Annual report on the lock hospitals of the Madras Presidency
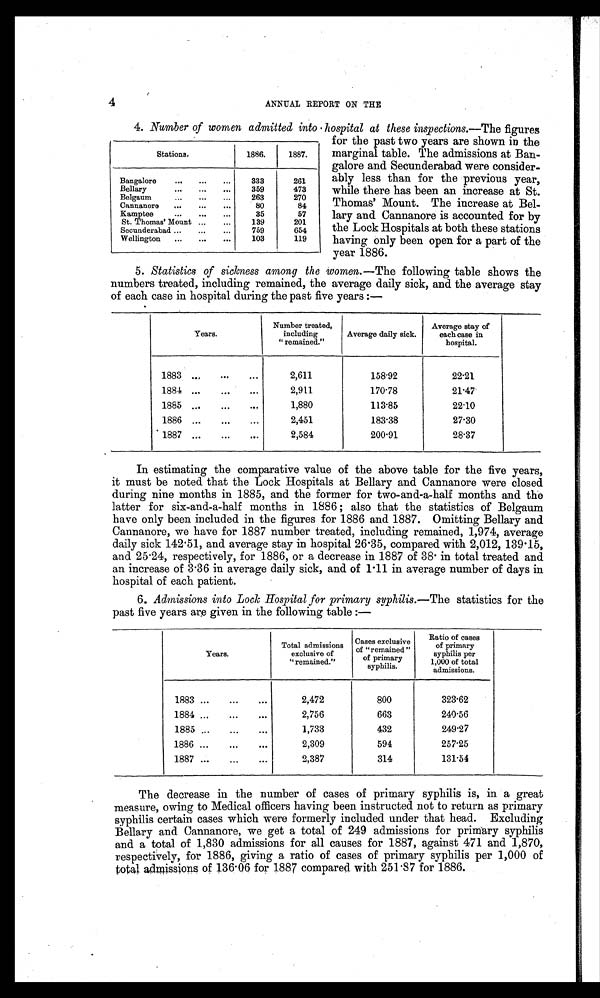
4
ANNUAL REPORT ON THE
4. Number of women admitted into hospital at these inspections.—The figures
for the past two years are shown in the
marginal table. The admissions at Ban-
galore and Secunderabad were consider-
ably less than for the previous year,
while there has been an increase at St.
Thomas' Mount. The increase at Bel-
lary and Cannanore is accounted for by
the Lock Hospitals at both these stations
having only been open for a part of the
year 1886.
5. Statistics of sickness among the women.—The following table shows the
numbers treated, including remained, the average daily sick, and the average stay
of each case in hospital during the past five years :—
Years.
Number treated,
including
" remained."
Average daily sick.
Average stay of
each case in
hospital.
1883 ...
...
...
2,611
158·92
22·21
1884 ...
...
...
2,911
170·78
21·47
1885 ...
...
...
1,880
113·85
22·10
1886 ...
...
...
2,451
183·38
27·30
1887 ...
...
...
2,584
200·91
28·37
In estimating the comparative value of the above table for the five years,
it must be noted that the Lock Hospitals at Bellary and Cannanore were closed
during nine months in 1885, and the former for two-and-a-half months and the
latter for six-and-a-half months in 1886 ; also that the statistics of Belgaum
have only been included in the figures for 1886 and 1887. Omitting Bellary and
Cannanore, we have for 1887 number treated, including remained, 1,974, average
daily sick 142 . 51, and average stay in hospital 26 . 35, compared with 2,012, 139.15,
and 25 .24, respectively, for 1886, or a decrease in 1887 of 38· in total treated and
an increase of 3 .36 in average daily sick, and of 1 . 11 in average number of days in
hospital of each patient.
6. Admissions into Lock Hospital for primary syphilis.— The statistics for the
past five years are given in the following table :—
Years.
Total admissions
exclusive of
"remained."
Cases exclusive
of "remained "
of primary
syphilis.
Ratio of cases
of primary
syphilis per
1,000 of total
admissions.
1883 ...
...
...
2,472
800
323·62
1884 ...
...
. .
2,756
663
240·56
1885 ...
...
. . .
1,733
432
249·27
1886 ...
...
...
2,309
594
257·25
1887 ...
...
...
2,387
314
131·54
The decrease in the number of cases of primary syphilis is, in a great
measure, owing to Medical officers having been instructed not to return as primary
syphilis certain cases which were formerly included under that head. Excluding
Bellary and Cannanore, we get a total of 249 admissions for primary syphilis
and a total of 1,830 admissions for all causes for 1887, against 471 and 1,870,
respectively, for 1886, giving a ratio of cases of primary syphilis per 1,000 of
total. admissions of 136·06 for 1887 compared with 251 . 87 for 1886.
Stations.
1886.
1887.
Bangalore
... ... ...
333
261
Bellary
... ... ...
359
473
Belgaum
... ... ...
263
270
Cannanore ,.. ... ...
80
84
Kamptee
... ... ...
35
57
St. Thomas' Mount ...
...
139
201
Secunderabad ...
...
...
759
654
Wellington ... ... ...
103
119